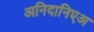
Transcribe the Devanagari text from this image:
अनिदानिएअ